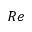
R e